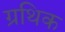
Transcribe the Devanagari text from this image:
ग्रथिक